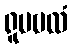
ရူပဗလံ